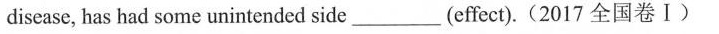
disease, has had some unintended side ___ (effect).(2017 全国卷 Ⅰ)